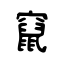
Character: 竄